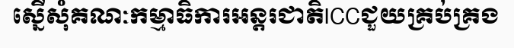
ស្នើសុំគណៈកម្មាធិការអន្តរជាតិICCជួយគ្រប់គ្រង